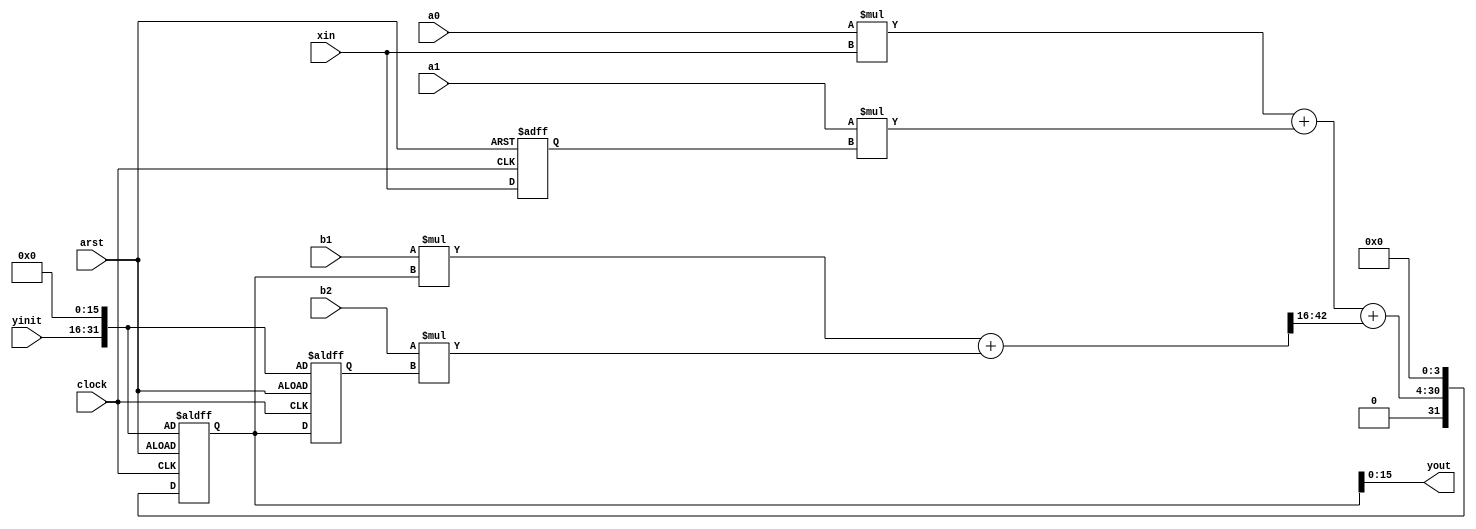
module loop_filter
(
	// filter coefficients have 4 integer bits and 12 fractional	
	input signed	[15:0] xin,
	input signed	[15:0] a0, a1, b1, b2, yinit,
	input 		clock, arst,
	output signed	[15:0] yout
);

	reg signed	[15:0] x1_reg;
	reg signed	[31:0] y1_reg, y2_reg; // 16 fractional 16 integer
	wire signed 	[31:0] y0;
	wire signed 	[32:0] axsum;
	wire signed 	[48:0] bysum;
	wire signed 	[32:0] partial_bysum;
	wire signed 	[33:0] sumsum;

	assign axsum = a0*xin + a1*x1_reg;
	assign bysum = b1*y1_reg + b2*y2_reg;
	assign partial_bysum = bysum[48:16]; // reduce to 12 fractional bits
	assign sumsum = axsum + partial_bysum;
	assign y0[3:0] = 4'b0;		     // need to add 4 fractional bits
	assign y0[30:4] = sumsum[26:0];
	assign y0[31] = 1'b0;
	assign yout = y1_reg;
	
	always @ (posedge clock or posedge arst) begin
    	if (arst) begin
			x1_reg <= {16{1'b0}};
			y1_reg[31:16] <= yinit;
			y1_reg[15:0] <= {16{1'b0}};
			y2_reg[31:16] <= yinit;
			y2_reg[15:0] <= {16{1'b0}};
		end
		else begin
			x1_reg <= xin;
			y1_reg <= y0;
			y2_reg <= y1_reg;
		end
	end
endmodule